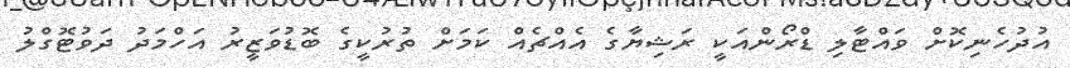
އުދުހެނިކޮށް ވައްޓާލި ޑްރޯންއަކީ ރަޝިޔާގެ އެއްޗެއް ކަމަށް ތުރުކީގެ ބޮޑުވަޒީރު އަހްމަދު ދަވުޓޮގްލު